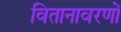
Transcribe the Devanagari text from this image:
वितानावरणों